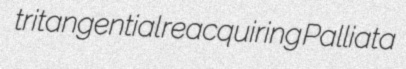
tritangential reacquiring Palliata